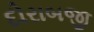
દોરાબજી